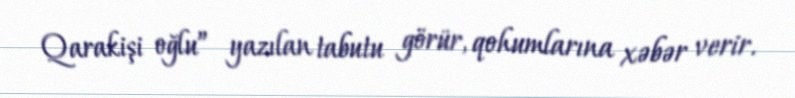
Qarakişi oğlu” yazılan tabutu görür, qohumlarına xəbər verir.